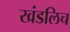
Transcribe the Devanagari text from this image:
खंडलिच